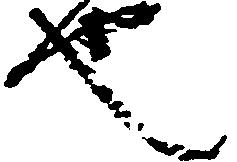
也